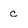
Character: c